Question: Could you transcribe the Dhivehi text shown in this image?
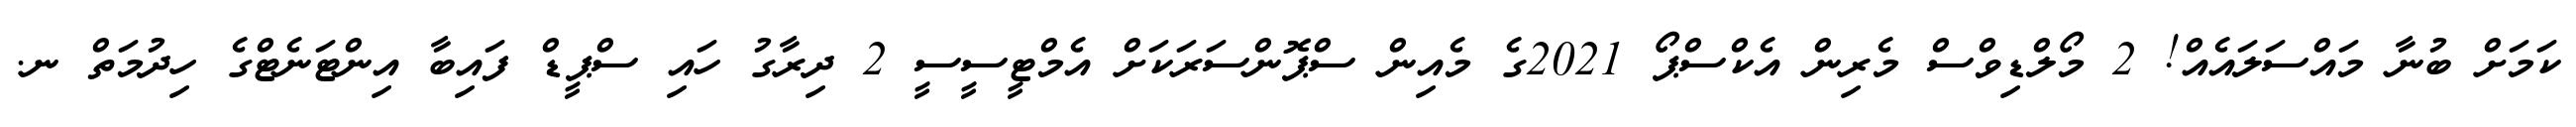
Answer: ކަމަށް ބުނާ މައްސަލައެއް! 2 މޯލްޑިވްސް މެރިން އެކްސްޕޯ 2021ގެ މެއިން ސްޕޮންސަރަކަށް އެމްޓީސީސީ 2 ދިރާގު ހައި ސްޕީޑް ފައިބާ އިންޓަނެޓްގެ ހިދުމަތް ނ.